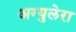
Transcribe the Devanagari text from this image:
अग्युलेरा